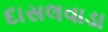
દાસલવાડા